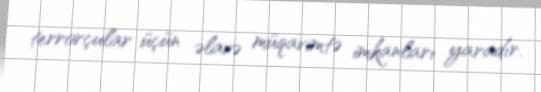
terrorçular üçün əlavə müqavimtə imkanları yaradır.